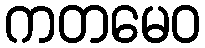
ကတမေဝ